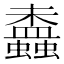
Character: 𧔵